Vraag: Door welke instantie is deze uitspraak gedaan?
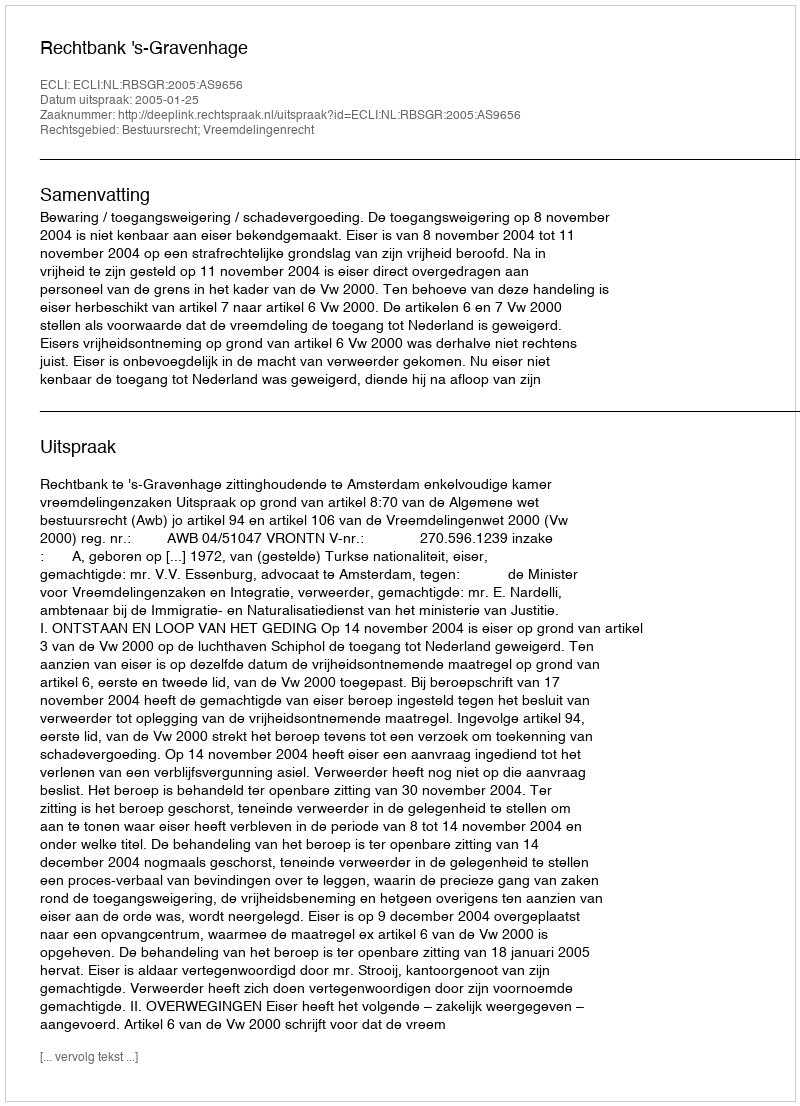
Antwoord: Rechtbank 's-Gravenhage